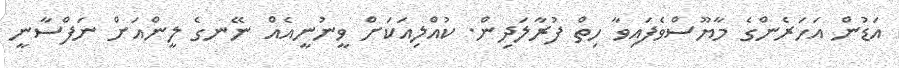
އަޑުން އަހަރެންގެ މާޔޫސްވެފައިވާ ހިތް ފުރާލަދިން. ކުއްލިއަކަށް ވީނުނީއެއް ނޭނގެ ލީންއަށް ނަފްސާނީ